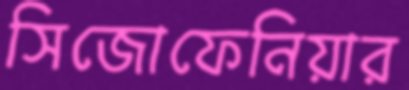
সিজোফেনিয়ার